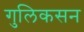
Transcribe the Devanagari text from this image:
गुलिकसन